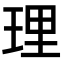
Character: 理